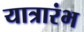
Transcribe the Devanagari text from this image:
यात्रारंभ